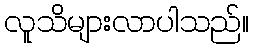
လူသိများလာပါသည်။